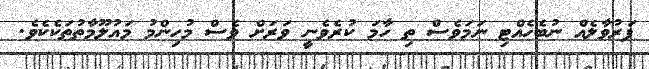
ފަރުވާލެއް ނުބެހެއްޓި ނަމަވެސް ތި ހާމަ ކުރެވެނީ ވަރަށް ވެސް މުހިންމު މައުލޫމާތުތަކެކެވެ.